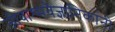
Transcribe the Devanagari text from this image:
जीवाश्मवैज्ञानिकांनी